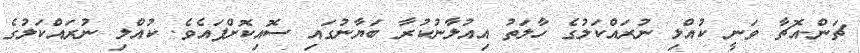
ޗަން-އޮޗާ ވަނީ ކުއްލި ނުރައްކަލުގެ ހާލަތު އިއުލާނުކުރާ ބަޔާނުގައި ސޮއިކޮށްފައެވެ. ކުއްލި ނުރައްކަލުގެ